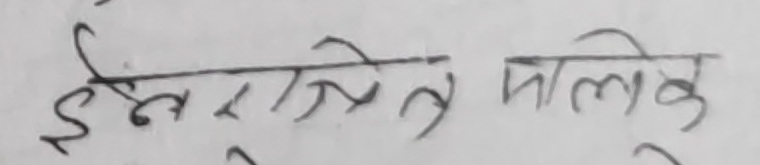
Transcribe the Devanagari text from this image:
इसराजित मोलिकु